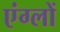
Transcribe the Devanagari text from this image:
एंग्लों